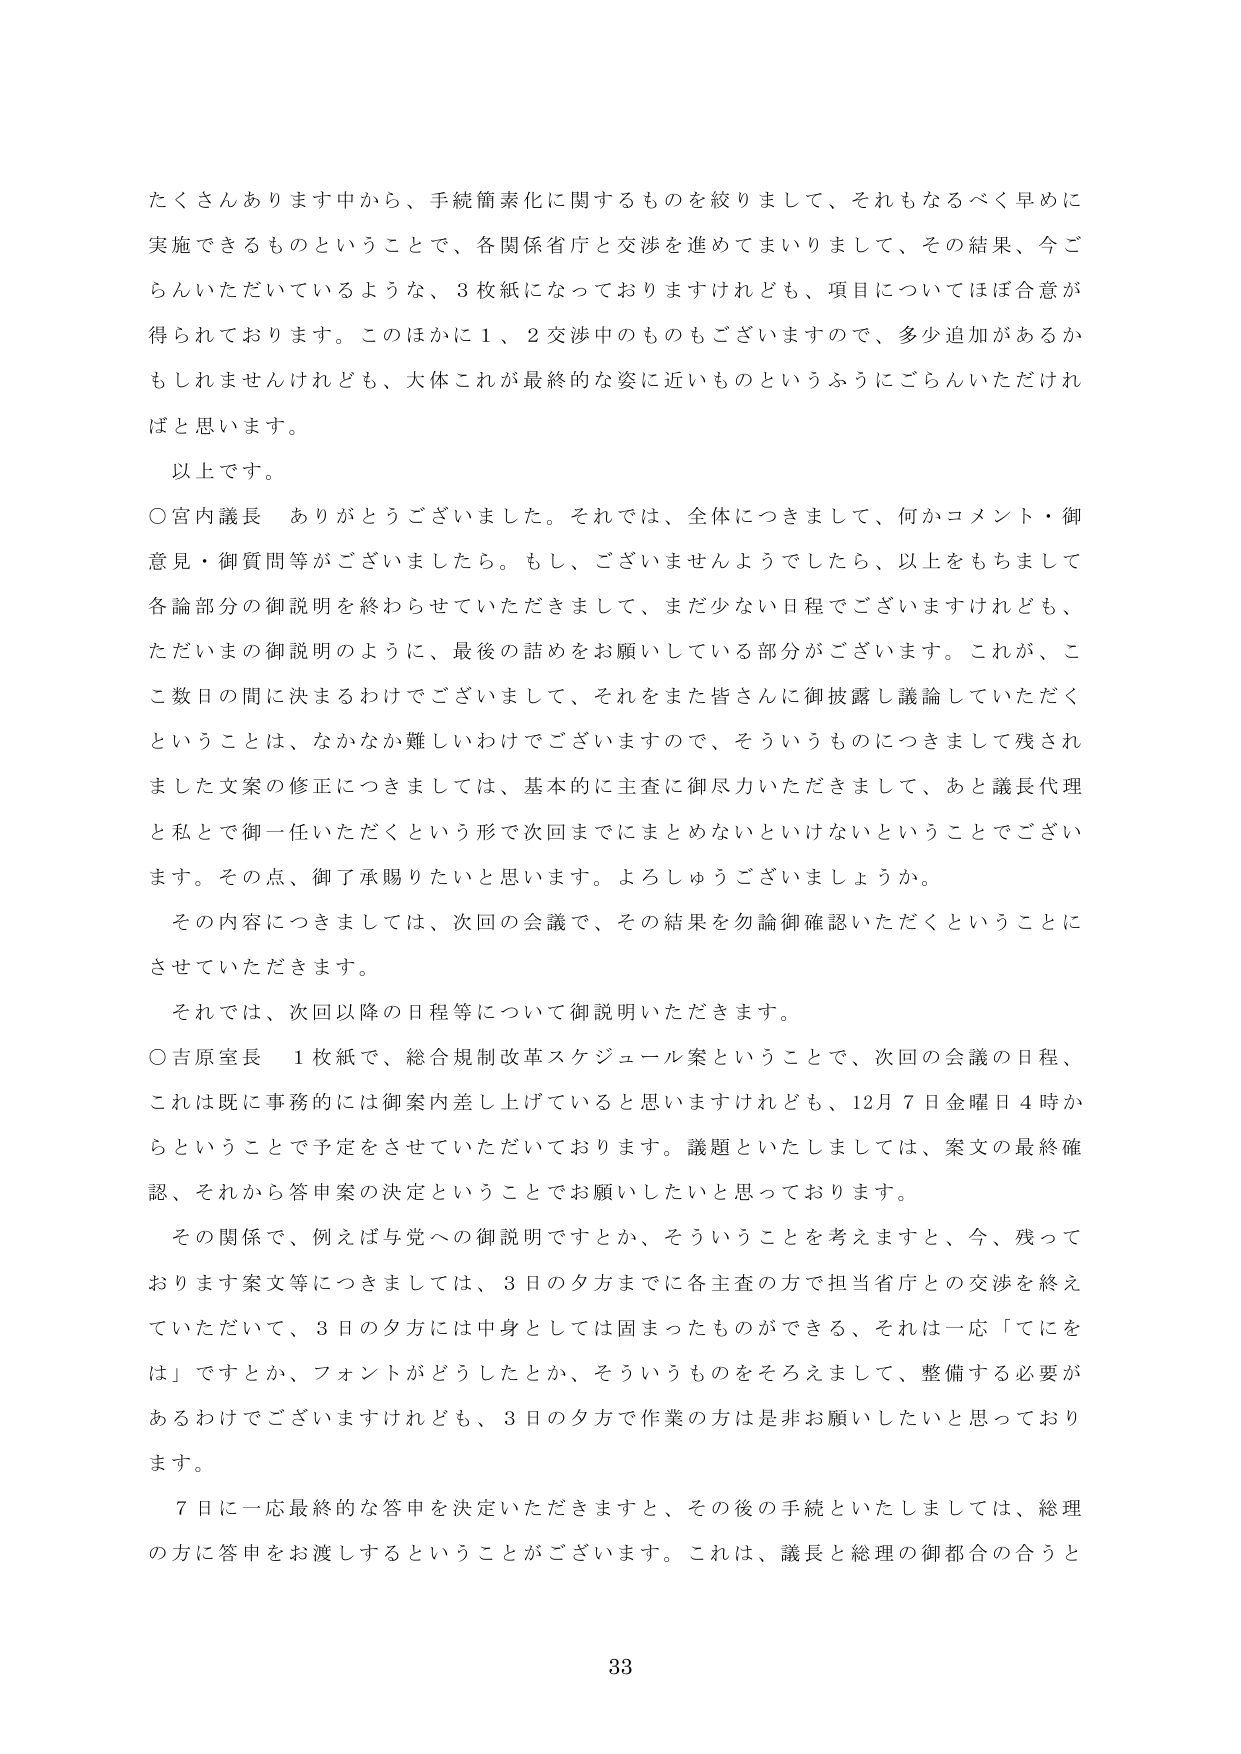
たくさんあります中から、手続簡素化に関するものを絞りまして、それもなるべく早めに
実施できるものということで、各関係省庁と交渉を進めてまいりまして、その結果、今ご
らんいただいているような、3枚紙になっておりますけれども、項目についてはほぼ合意が
得られております。このほかに1、2交渉中のものもございますので、多少追加があるか
もしれませんけれども、大体これが最終的な姿に近いものというふうにごらんいただけれ
ばと思います。
以上です。
○宮内議長　ありがとうございました。それでは、全体につきまして、何かコメント・御
意見・御質問等がございましたら。もし、ございませんようでしたら、以上をもちまして
各論部分の御説明を終わらせていただきますして、まだ少ない日程でございますけれども、
ただいまの御説明のように、最後の詰めをお願いしている部分がございます。これが、こ
こ数日の間に決まるわけでございまして、それをまた皆さんに御披露し議論していただく
ということは、なかなか難しいわけでございますので、そういうものにつきまして残され
ました文案の修正につきましては、基本的に主査に御尽力いただきまして、あと議長代理
と私とで御一任いただくという形で次回までにまとめないといけないということでござい
ます。その点、御了承賜りたいと思います。よろしゅうございましょうか。
その内容につきましては、次回の会議で、その結果を勿論御確認いただくということに
させていただきます。
それでは、次回以降の日程等について御説明いただきます。
○吉原室長　1枚紙で、総合規制改革スケジュール案ということで、次回の会議の日程、
これは既に事務的には御案内差し上げていると思いますけれども、12月7日金曜日4時か
らということで予定をさせていただいております。議題といたしましては、案文の最終確
認、それから答申案の決定ということでお願いしたいと思っております。
その関係で、例えば与党への御説明ですとか、そういうことを考えますと、今、残って
おります文案等につきましては、3日の夕方までに各主査の方で担当省庁との交渉を終え
ていただいて、3日の夕方には申身としては固まったものができる、それは一応「てにを
は」ですとか、フォントがどうしたとか、そういうものをそろえまして、整備する必要が
あるわけでございますけれども、3日の夕方で作業の方は非お願いしたいと思っており
ます。
7日に一応最終的な答申を決定いただきますと、その後の手続といたしましては、総理
の方に答申をお渡しするということがございます。これは、議長と総理の御都合の合うと

33